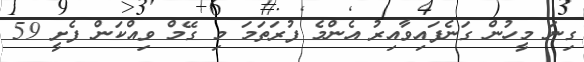
ގިނަ މީހުން ގަނެފައިވާއިރު އެންމެ ފުރަތަމަ މި ގޭމް ވިއްކަން ފެށީ 59